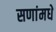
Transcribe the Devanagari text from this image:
सणांमधे